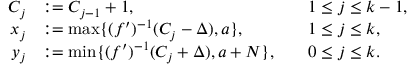
\begin{array} { r l r l } { C _ { j } } & { : = C _ { j - 1 } + 1 , } & & { 1 \le j \le k - 1 , } \\ { x _ { j } } & { : = \operatorname* { m a x } \{ ( f ^ { \prime } ) ^ { - 1 } ( C _ { j } - \Delta ) , a \} , } & & { 1 \le j \le k , } \\ { y _ { j } } & { : = \operatorname* { m i n } \{ ( f ^ { \prime } ) ^ { - 1 } ( C _ { j } + \Delta ) , a + N \} , } & & { 0 \le j \le k . } \end{array}